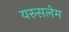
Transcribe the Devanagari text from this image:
यरुसलेम